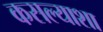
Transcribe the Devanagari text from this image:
कसल्याशा